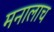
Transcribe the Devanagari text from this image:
मनालाच